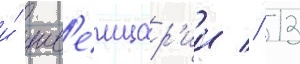
и́ шв'еицар'ии // 13